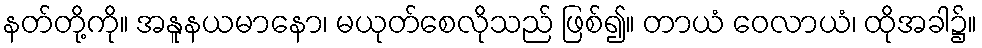
နတ်တို့ကို။ အနူနယမာနော၊ မယုတ်စေလိုသည် ဖြစ်၍။ တာယံ ဝေလာယံ၊ ထိုအခါ၌။